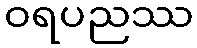
ဝရပညဿ